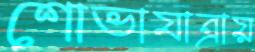
শোভাযাত্রায়